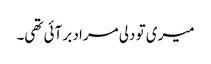
میری تو دلی مراد بر آئی تھی۔